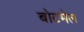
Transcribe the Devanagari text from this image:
बोटमेल